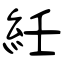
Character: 紝